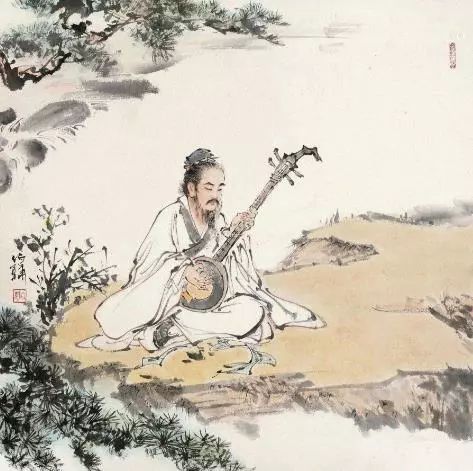
人有所优，固有所劣人有所工，固有所拙。